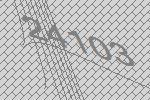
24103